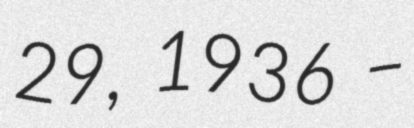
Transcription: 29, 1936 –